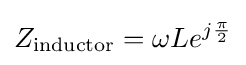
Z_{\text{inductor}}=\omega Le^{j{\frac {\pi }{2}}}